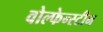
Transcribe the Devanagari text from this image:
वोल्फेन्स्टीन